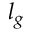
l _ { g }